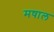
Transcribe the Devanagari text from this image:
मषाल